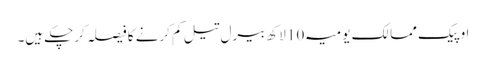
اوپیک ممالک یومیہ 10 لاکھ بیرل تیل کم کرنے کا فیصلہ کرچکے ہیں۔